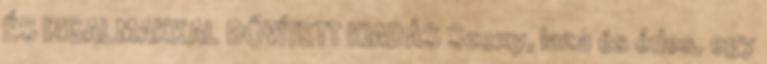
ÉS IZGALMAKKAL BŐVÍTETT KIADÁS Szexy, laza és édes, egy